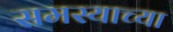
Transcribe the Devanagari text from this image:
समस्याच्या